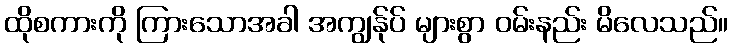
ထိုစကားကို ကြားသောအခါ အကျွန်ုပ် များစွာ ဝမ်းနည်း မိလေသည်။